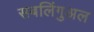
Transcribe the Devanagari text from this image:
सबलिंगुअल